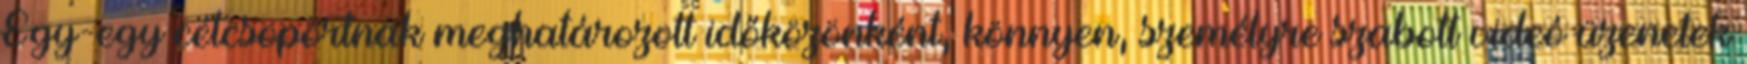
Egy-egy célcsoportnak meghatározott időközönként, könnyen, személyre szabott videó üzenetek